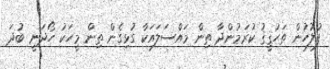
ފުލުހުން ތަޙުޤީޤު ކުރަމުންދާ ތިން މައްސަލައަކާ ގުޅިގެން ތިން މީހަކު ހޯދަނީ ބުދަ